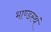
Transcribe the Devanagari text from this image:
भाण्डस्थं